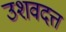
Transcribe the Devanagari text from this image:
उशवदत्त